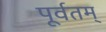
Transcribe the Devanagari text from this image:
पूर्वतम्